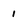
Character: 1